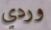
وردي